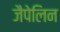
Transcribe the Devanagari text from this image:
जैपेलिन